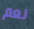
نعم